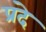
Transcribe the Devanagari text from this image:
प्रदे